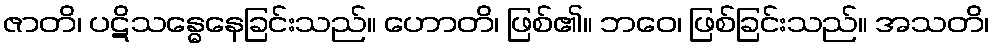
ဇာတိ၊ ပဋိသန္ဓေနေခြင်းသည်။ ဟောတိ၊ ဖြစ်၏။ ဘဝေ၊ ဖြစ်ခြင်းသည်။ အသတိ၊